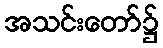
အသင်းတော်၌